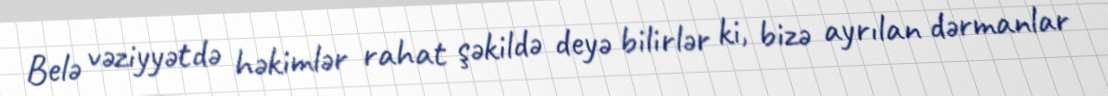
Belə vəziyyətdə həkimlər rahat şəkildə deyə bilirlər ki, bizə ayrılan dərmanlar